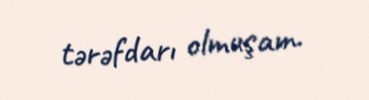
tərəfdarı olmuşam.